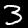
Digit: 3